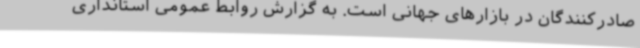
صادرکنندگان در بازارهای جهانی است. به گزارش روابط عمومی استانداری